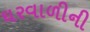
ઘરવાળીની